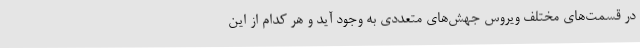
در قسمت‌های مختلف ویروس جهش‌های متعددی به وجود آید و هر کدام از این